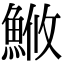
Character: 䱔